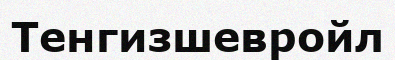
Тенгизшевройл